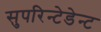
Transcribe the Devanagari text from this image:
सुपरिन्टेडेन्ट